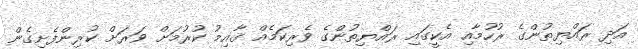
އަދި ރައްޔިތުންގެ ރުހުމާއި އެކީގައި ރައްޔިތުންގެ ވެރިކަމެއް ޤާއިމު ކުރުމަށް ވަރަށް ކުރިންފެށިގެން